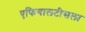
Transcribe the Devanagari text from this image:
एफियालटीसला